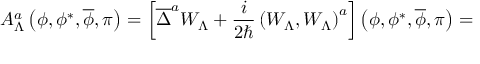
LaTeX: { \cal A } _ { \Lambda } ^ { a } \left( \phi , \phi ^ { * } , \overline { { { \phi } } } , \pi \right) = \left[ \overline { { { \Delta } } } ^ { a } W _ { \Lambda } + \frac i { 2 \hbar } \left( W _ { \Lambda } , W _ { \Lambda } \right) ^ { a } \right] \left( \phi , \phi ^ { * } , \overline { { { \phi } } } , \pi \right) =